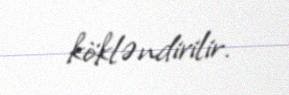
kökləndirilir.